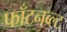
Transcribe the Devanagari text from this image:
फॉंटनब्ल्ट